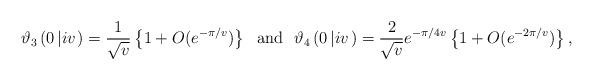
LaTeX: \begin{align*}\vartheta_{3}\left( 0\left| i v\right.\right)=\dfrac{1}{\sqrt{ v}}\left\lbrace 1+O(e^{-\pi /v})\right\rbrace \ \ \mathrm{and} \ \ \vartheta_{4}\left( 0\left| i v\right.\right)=\dfrac{2}{\sqrt{ v}}e^{-\pi /4v}\left\lbrace 1+O(e^{-2\pi /v})\right\rbrace, \end{align*}